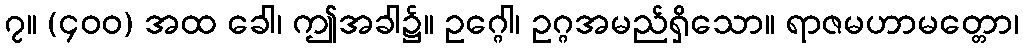
၇။ (၄၀၀) အထ ခေါ၊ ဤအခါ၌။ ဥဂ္ဂေါ၊ ဥဂ္ဂအမည်ရှိသော။ ရာဇမဟာမတ္တော၊